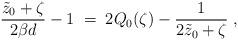
LaTeX: \begin{align*}{\tilde{z}_0+\zeta\over 2\beta d}-1\;=\;2Q_0(\zeta)-{1\over 2\tilde{z}_0+\zeta}\;,\end{align*}